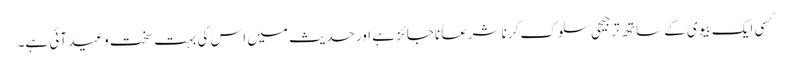
کسی ایک بیوی کے ساتھ ترجیحی سلوک کرنا شرعاً ناجائز ہے اور حدیث میں اس کی بہت سخت وعید آئی ہے۔